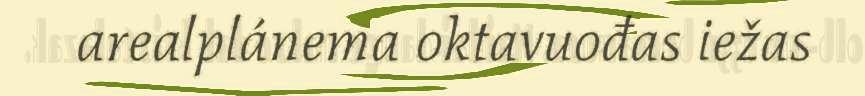
arealplánema oktavuođas iežas